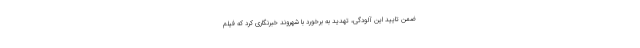
ضمن تایید این آلودگی، تهدید به برخورد با شهروند خبرنگاری کرد که فیلم